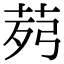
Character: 𦯢